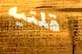
قلتيه